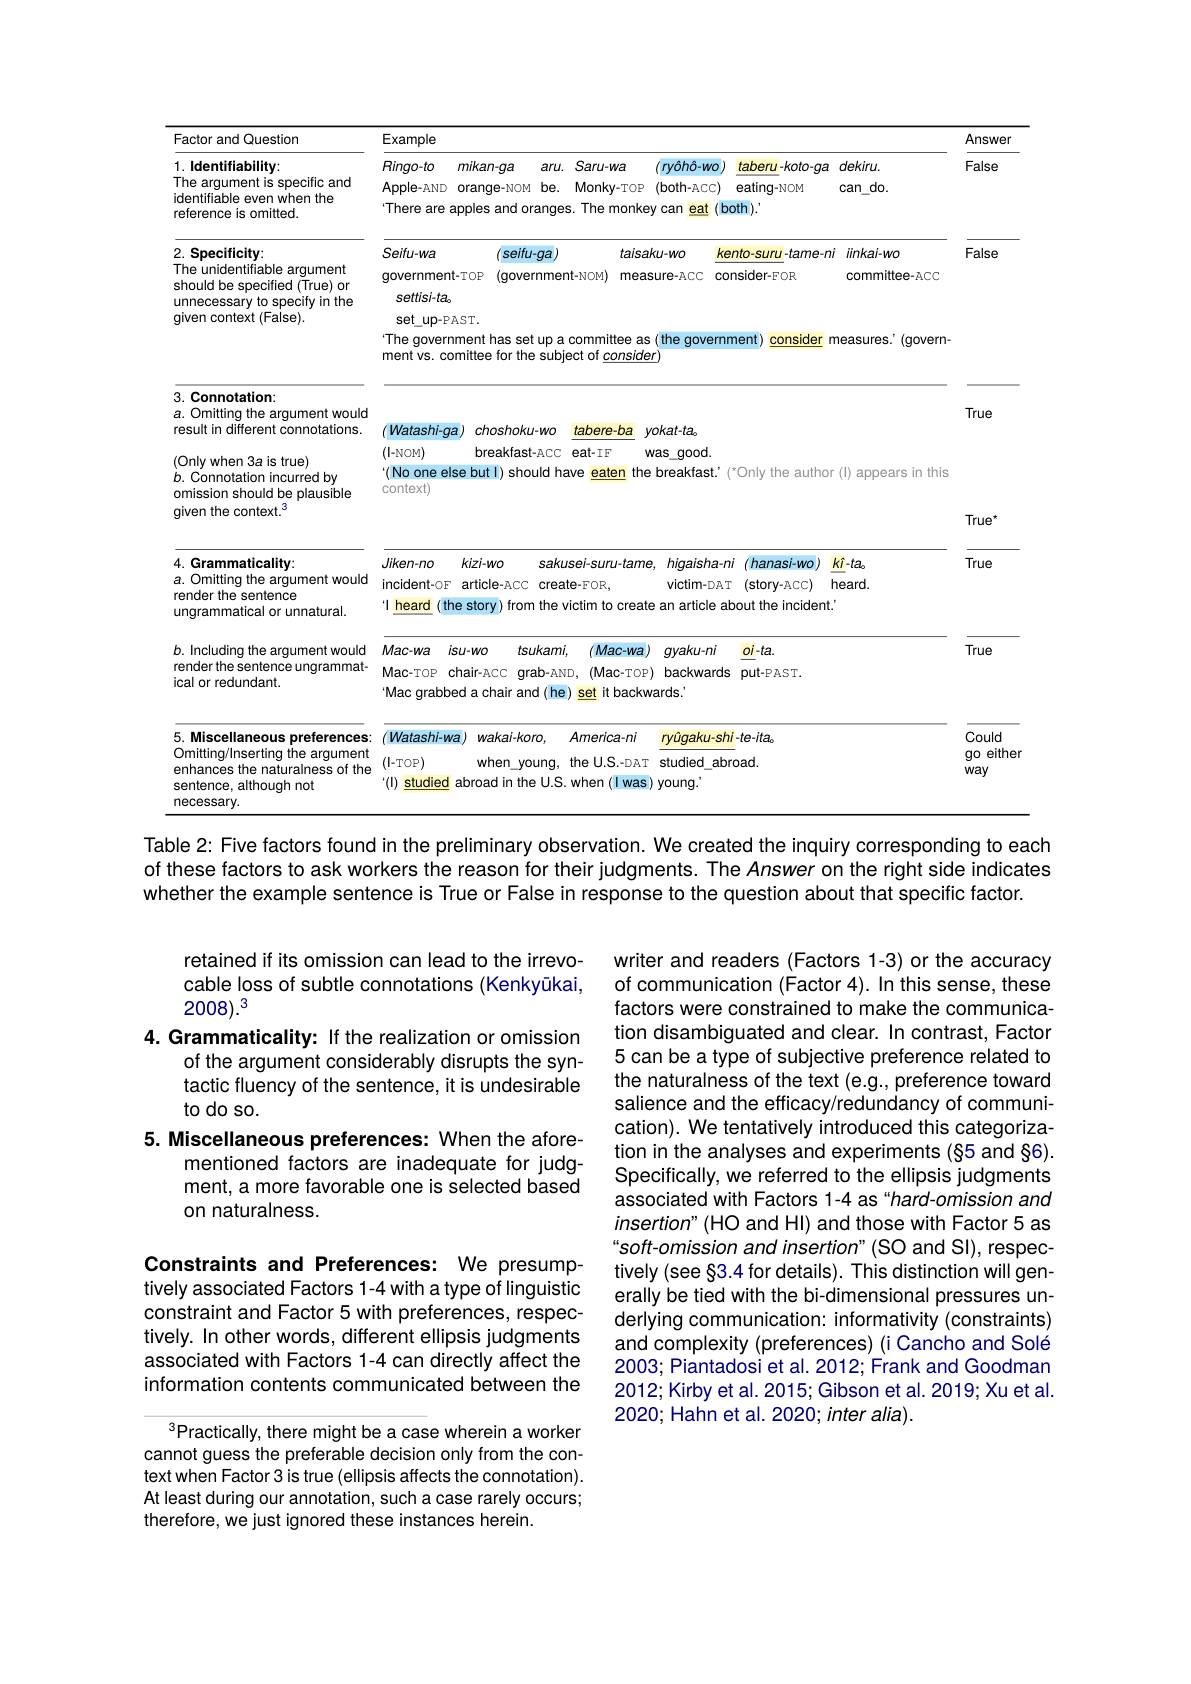
<table>
	<tbody>
		<tr>
			<th rowspan="2">tor and Question dentifiability: arqument is specific and tifiable even when the rence is omitted.</th>
			<th colspan="3">Example</th>
			<th>Answer</th>
		</tr>
		<tr>
			<th>$Ringo-to$ mikan-ga $aru.$ $S_{i}$ Apple- AND orange-NOM be. Mo 1 There are apples and oranges. T</th>
			<th>$taberu-koto-ga$ eating-NOM $ooth).$</th>
			<th>$dekiru.$ can do.</th>
			<th>False</th>
		</tr>
		<tr>
			<td>specificity: unidentifiable argument uld be specified (True) or ecessary to specify in the n context (False).</td>
			<td>$Seifu-wa$ seifu-ga government-TOP $(government-N)$ $settisi-ta_{0}$ set up- PAST. The government has set up a cor ment vs. comittee for the subject</td>
			<td>ento-suru-tame-ni onsider-FOR ment consider m</td>
			<td>$iinkai-wo$ committee- $\tilde{A}CC$ easures.' (govern-</td>
			<td>False</td>
		</tr>
		<tr>
			<td>:onnotation: Dmitting the argument would ult in different connotations.</td>
			<td>Watashi-ga choshoku-wo tal (|-NOM) breakfast-ACC $ea$</td>
			<td> </td>
			<td> </td>
			<td>True</td>
		</tr>
		<tr>
			<td>connotation incurred by ssion should be plausible in the context. 3</td>
			<td>( No one else but I) snoula nave context)</td>
			<td>UIIY UIE dulIU</td>
			<td>(1) appears In this</td>
			<td>$True^{\star}$</td>
		</tr>
		<tr>
			<td>arammaticality: Dmitting the argument would der the sentence rammatical or unnatural.</td>
			<td>Jiken-no $kizi-wo$ sakusei incident-oF article-ACC create- F heard the story) from the victin</td>
			<td>$ni$ hanasi-wo $k$ $.T$ (story-ACC) $h\epsilon$ about the incident.</td>
			<td>$:\hat{I}-ta_0$ $eard.$</td>
			<td>True</td>
		</tr>
		<tr>
			<td>ncluding the argument would der the sentence ungrammat- or redundant.</td>
			<td colspan="4">JId $at-$ Mac-TOP chair-ACC grab-AND, (Mac-TOP) backwards put-PAST. Mac-wa $isu-w0$ tsukami, $(Mac-Wa)$ $\therefore$ $gyaku-ni$ $0i-ta.$ True Mac grabbed a chair and(he) set it backwards.</td>
		</tr>
		<tr>
			<td>Miscellaneous preferences: itting/Inserting the argument ances the naturalness of the tence, although not essary.</td>
			<td>Watashi-wa $wakai-koro$, $Ar$ $(\mathbf{I-TOP})$ when\_young, the $“(1)$ studied 12 abroad in the US.wh</td>
			<td>$hi-te-ita_{o}$ oroad.</td>
			<td> </td>
			<td>Could $go\epsilon$ either way</td>
		</tr>
	</tbody>
</table>

## 2. The

1. The $\overline{3.}$ $a.$ $\overline{4.}$ $a.$ $b.$ ical 5.
Table 2: Five factors found in the preliminary observation. We created the inquiry corresponding to each

of these factors to ask workers the reason for their judgments. The Answer on the right side indicates
whether the example sentence is True or False in response to the question about that specific factor.

retained if its omission can lead to the irrevocable loss of subtle connotations (Kenkyükai, $2008).^3$
4. Grammaticality: If the realization or omission
of the argument considerably disrupts the syntactic fluency of the sentence, it is undesirable to do so.
5. Miscellaneous preferences: When the afore-
mentioned factors are inadequate for judgment, a more favorable one is selected based on naturalness.

writer and readers (Factors 1-3) or the accuracy of communication (Factor 4). In this sense, these factors were constrained to make the communication disambiguated and clear. In contrast, Factor 5 can be a type of subjective preference related to the naturalness of the text (e.g., preference toward salience and the efficacy/redundancy of communication). We tentatively introduced this categorization in the analyses and experiments (§5 and §6). Specifically, we referred to the ellipsis judgments associated with Factors 1-4 as "hard-omission and $insertion"($HO and Hl) and those with Factor 5 as soft-omission and insertion" (SO and SI), respectively (see §3.4 for details). This distinction will generally be tied with the bi-dimensional pressures underlying communication: informativity (constraints) and complexity (preferences) (i Cancho and Solé 2003; Piantadosi et al. 2012; Frank and Goodman 2012; Kirby et al. 2015; Gibson et al. 2019; Xu et al. 2020;Hahn et al. 2020; inter alia).

Constraints and Preferences: We presumptively associated Factors 1-4 with a type of linguistic constraint and Factor 5 with preferences, respectively. In other words, different ellipsis judgments associated with Factors 1-4 can directly affect the information contents communicated between the

$^{3}$Practically, there might be a case wherein a worker cannot guess the preferable decision only from the context when Factor 3 is true (ellipsis affects the connotation). At least during our annotation, such a case rarely occurs; therefore, we just ignored these instances herein.